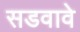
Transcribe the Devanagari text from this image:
सडवावे